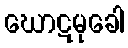
ဃောဋမုခေါ